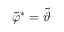
\tilde { \varphi } ^ { \ast } = \tilde { \vartheta }